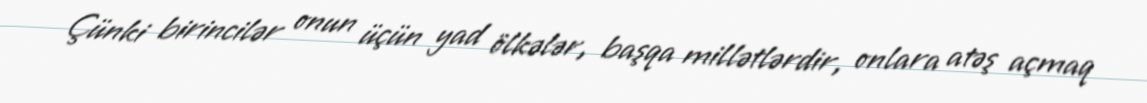
Çünki birincilər onun üçün yad ölkələr, başqa millətlərdir, onlara atəş açmaq